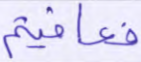
فعاقبتم